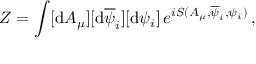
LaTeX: Z = \int [ \mathrm { d } A _ { \mu } ] [ \mathrm { d } \overline { { \psi } } _ { i } ] [ \mathrm { d } \psi _ { i } ] \, e ^ { i S ( A _ { \mu } , \overline { { \psi } } _ { i } , \psi _ { i } ) } \, ,